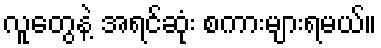
လူတွေနဲ့ အရင်ဆုံး စကားများရမယ်။